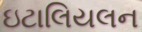
ઇટાલિયલન